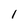
Character: 1